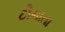
ટીમાતા